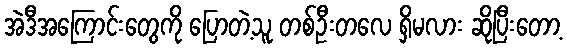
အဲဒီအကြောင်းတွေကို ပြောတဲ့သူ တစ်ဦးတလေ ရှိမလား ဆိုပြီးတော့